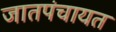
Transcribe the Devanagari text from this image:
जातपंचायत